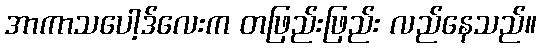
အာကာသပေါ့ဒ်လေးက တဖြည်းဖြည်း လည်နေသည်။